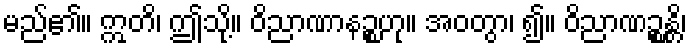
မည်၏။ ဣတိ၊ ဤသို့။ ဝိညာဏာနဉ္စဟု။ အဝတွာ၊ ၍။ ဝိညာဏဉ္စန္တိ၊